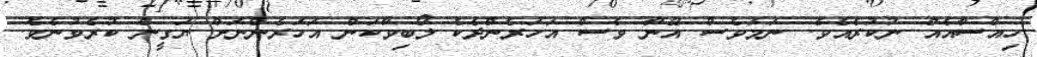
ހިއްސާއެއް ނުކުރެއެވެ. ނަމަވެސް އޭނާ ވެސް އަހަރެންދެކެ ލޯބިވާކަން އަހަރެންނަށް ޔަގީން ކުރެވުނެވެ.